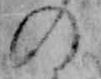
の